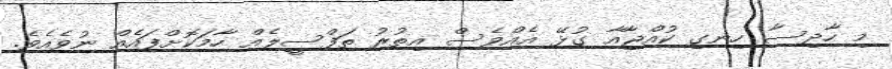
މި ހާދިސާ ހިނގި ކުއްޖާއާ ގުޅޭ އެއްވެސް އިތުރު ތަފްސީލެއް ހާމަކޮށްފައެއް ނުވެއެވެ.